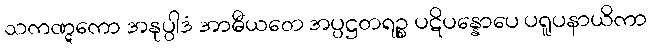
သကဏ္ဋကော အနုပ္ပါဒံ အာဓီယတေ အပ္ပဋ္ဌတရဉ္စ ပဋိပန္နောပေ ပရူပနာယိကာ